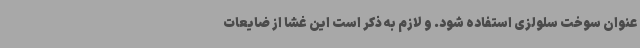
عنوان سوخت سلولزی استفاده شود. و لازم به ذکر است این غشا از ضایعات